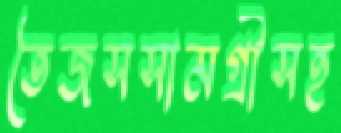
তৈজসসামগ্রীসহ